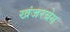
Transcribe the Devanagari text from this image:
खंजरबेग